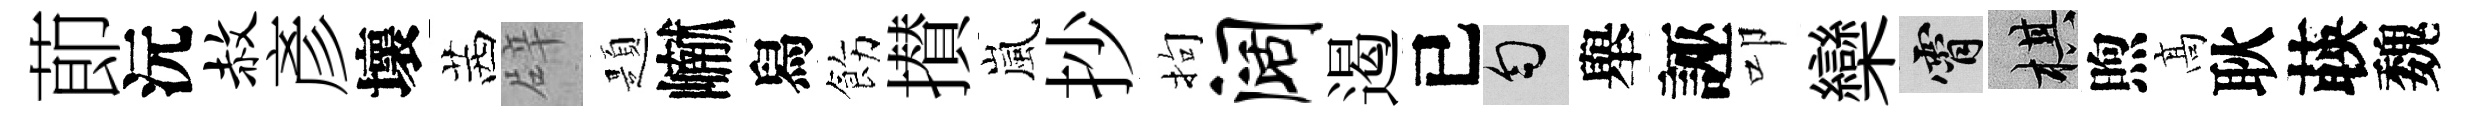
莭沅赦彥壞茜辟題𪩘舄飭攅嵐抄拘阔遏已匀舉誣叩欒霄棋煦髙耿𦴤魏